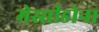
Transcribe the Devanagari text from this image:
मेस्सीडोना